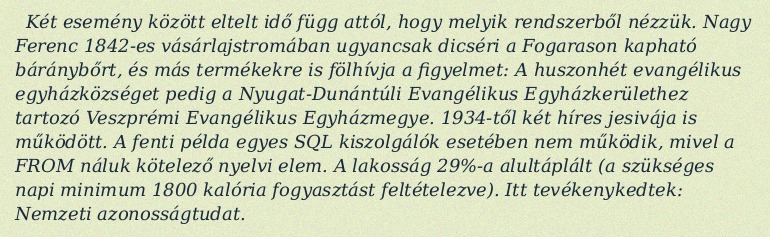
Két esemény között eltelt idő függ attól, hogy melyik rendszerből nézzük. Nagy Ferenc 1842-es vásárlajstromában ugyancsak dicséri a Fogarason kapható báránybőrt, és más termékekre is fölhívja a figyelmet: A huszonhét evangélikus egyházközséget pedig a Nyugat-Dunántúli Evangélikus Egyházkerülethez tartozó Veszprémi Evangélikus Egyházmegye. 1934-től két híres jesivája is működött. A fenti példa egyes SQL kiszolgálók esetében nem működik, mivel a FROM náluk kötelező nyelvi elem. A lakosság 29%-a alultáplált (a szükséges napi minimum 1800 kalória fogyasztást feltételezve). Itt tevékenykedtek: Nemzeti azonosságtudat.